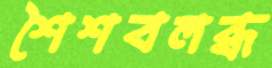
শৈশবলব্ধ